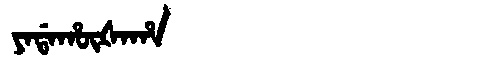
Manchu: ᠶᠠᡩᠠᡥᡡᡧᠠᡥᠠ
Romanization: YADAHŪŠAHA